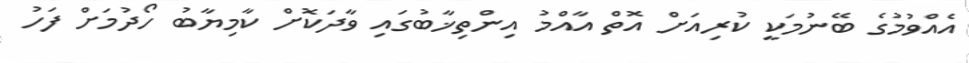
އެއްވުމުގެ ބޭނުމަކީ ކުރިއަށް އޮތް އާއްމު އިންތިޚާބުގައި ވާދަކޮށް ކާމިޔާބު ހޯދުމަށް ފަހު